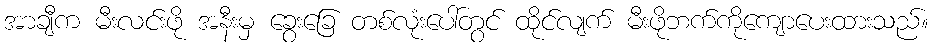
အာချီက မီးလင်းဖို အနီးမှ ခွေးခြေ တစ်လုံးပေါ်တွင် ထိုင်လျက် မီးဖိုဘက်ကိုကျောပေးထားသည်။